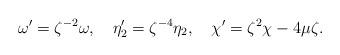
LaTeX: \begin{align*}\omega'=\zeta^{-2}\omega,\quad\eta_2'=\zeta^{-4}\eta_2,\quad\chi'=\zeta^2\chi-4\mu\zeta.\end{align*}